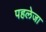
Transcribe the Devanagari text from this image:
पहलेजा